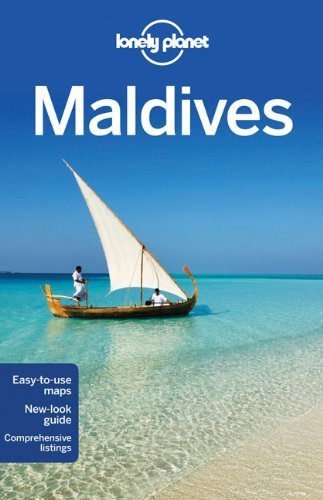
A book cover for Lonely Planet Maldives (Travel Guide) by Lonely Planet ( 2012 ) Paperback; Travel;